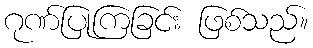
ဂုဏ်ပြုကြခြင်း ဖြစ်သည်။